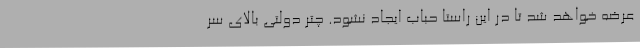
عرضه خواهد شد تا در این راستا حباب ایجاد نشود. چتر دولتی بالای سر